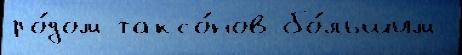
ро́дом таксо́нов бо́льшим